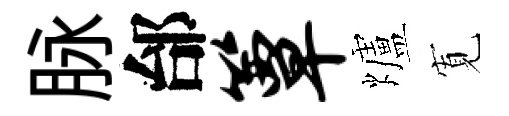
脉邰簟爐𡩖